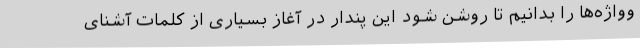
وواژه‌ها را بدانیم تا روشن شود این پندار در آغاز بسیاری از کلمات آشنای